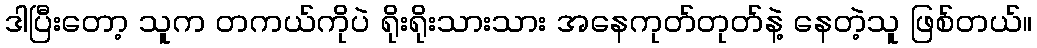
ဒါပြီးတော့ သူက တကယ်ကိုပဲ ရိုးရိုးသားသား အနေကုတ်တုတ်နဲ့ နေတဲ့သူ ဖြစ်တယ်။